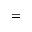
=